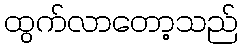
ထွက်လာတော့သည်